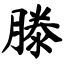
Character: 滕